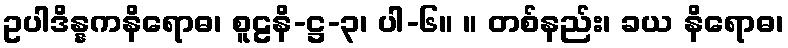
ဥပါဒိန္နကနိရောဓ၊ စူဠနိ-ဋ္ဌ-၃၊ ပါ-၆။ ။ တစ်နည်း၊ ခယ နိရောဓ၊